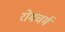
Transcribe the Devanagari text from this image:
रोमचर्म